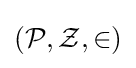
({\mathcal {P}},{\mathcal {Z}},\in )